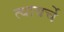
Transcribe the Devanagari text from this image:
त्यावर्चे